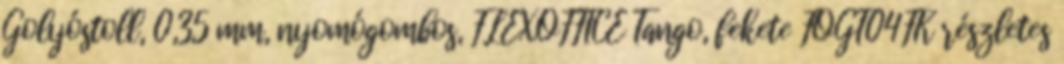
Golyóstoll, 0,35 mm, nyomógombos, FLEXOFFICE Tango, fekete FOGT04FK részletes